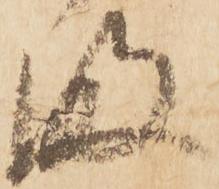
満